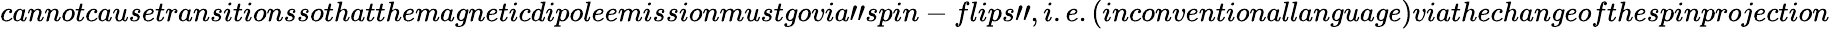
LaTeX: cannotcausetransitionssothatthemagneticdipoleemissionmustgovia"spin-flips",i.e.(inconventionallanguage)viathechangeofthespinprojection